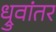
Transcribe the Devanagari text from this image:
ध्रुवांतर